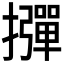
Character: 𱡊